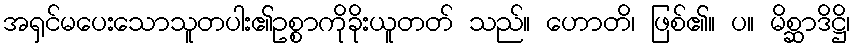
အရှင်မပေးသောသူတပါး၏ဥစ္စာကိုခိုးယူတတ် သည်။ ဟောတိ၊ ဖြစ်၏။ ပ။ မိစ္ဆာဒိဋ္ဌိ၊